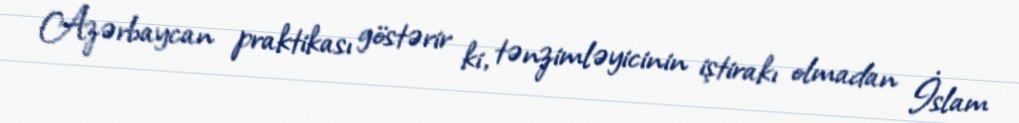
Azərbaycan praktikası göstərir ki, tənzimləyicinin iştirakı olmadan İslam